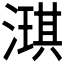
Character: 𬈲